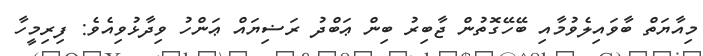
މިއާޔަތް ބާވައިލެވުމާއި ބޭހޭގޮތުން ޖާބިރު ބިން ޢަބްދު ރަޟިޔައް ޢަންހު ވިދާޅުވިއެވެ: ފިރިމީހާ